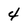
Character: 4